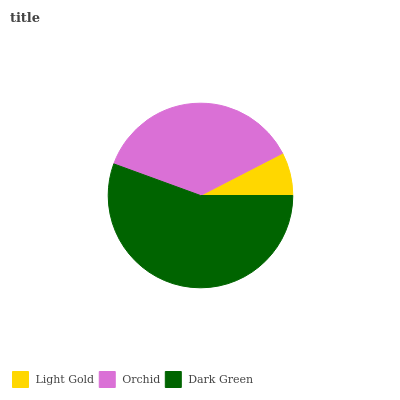
| Light Gold | Orchid | Dark Green |
 | --- | --- | --- |
 | 7.57% | 36.9% | 55.5% |